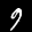
Label: 9